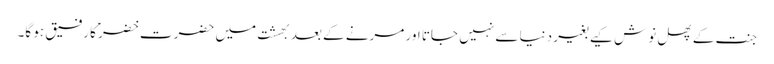
جنت کے پھل نوش کیے بغیر دنیا سے نہیں جاتا اور مرنے کے بعد بھشت میں حضرت خضرؑ کا رفیق ہو گا۔